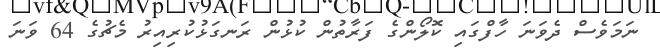
ނަމަވެސް ދެވަނަ ހާފްގައި ކޮލޯންގެ ފަރާތުން ކުޅުން ރަނގަޅުކުރިއިރު މެޗުގެ 64 ވަނަ